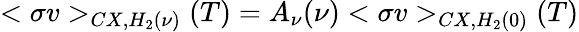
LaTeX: <\sigma v>_{CX,H_{2}(\nu)}(T)=A_{\nu}(\nu)<\sigma v>_{CX,H_{2}(0)}(T)